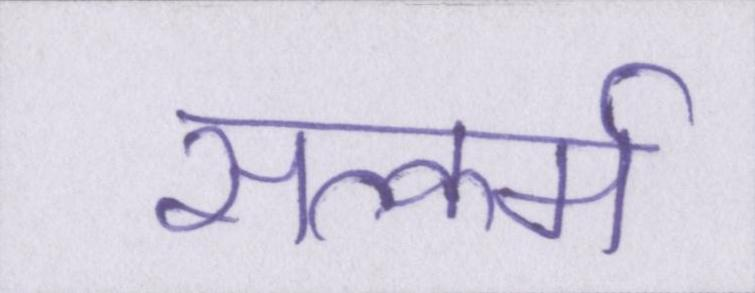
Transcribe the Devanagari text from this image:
सत्कर्म